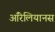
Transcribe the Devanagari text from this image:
ऑरेलियानस